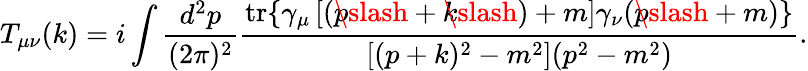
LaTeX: T_{\mu\nu}(k)=i\int\frac{d^{2}p}{(2\pi)^{2}}\frac{\mathrm{tr}\{ \gamma_{\mu}\left[(p\! \! \! \slash+k\! \! \! \slash)+m\right]\gamma_{\nu}(p\! \! \! \slash+m)\} }{\left[(p+k)^{2}-m^{2}\right](p^{2}-m^{2})}.